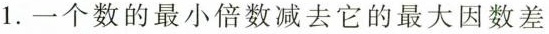
1.一个数的最小倍数减去它的最大因数差是